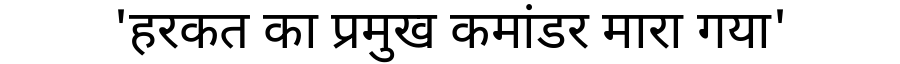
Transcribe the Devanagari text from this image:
'हरकत का प्रमुख कमांडर मारा गया'